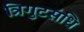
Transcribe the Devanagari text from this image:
त्रिगुटसंधि